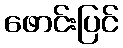
ဖောင်းပြင်